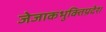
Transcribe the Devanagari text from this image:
जेजाकभुक्तिप्रदेश